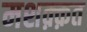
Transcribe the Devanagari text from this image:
मशक़्क़त